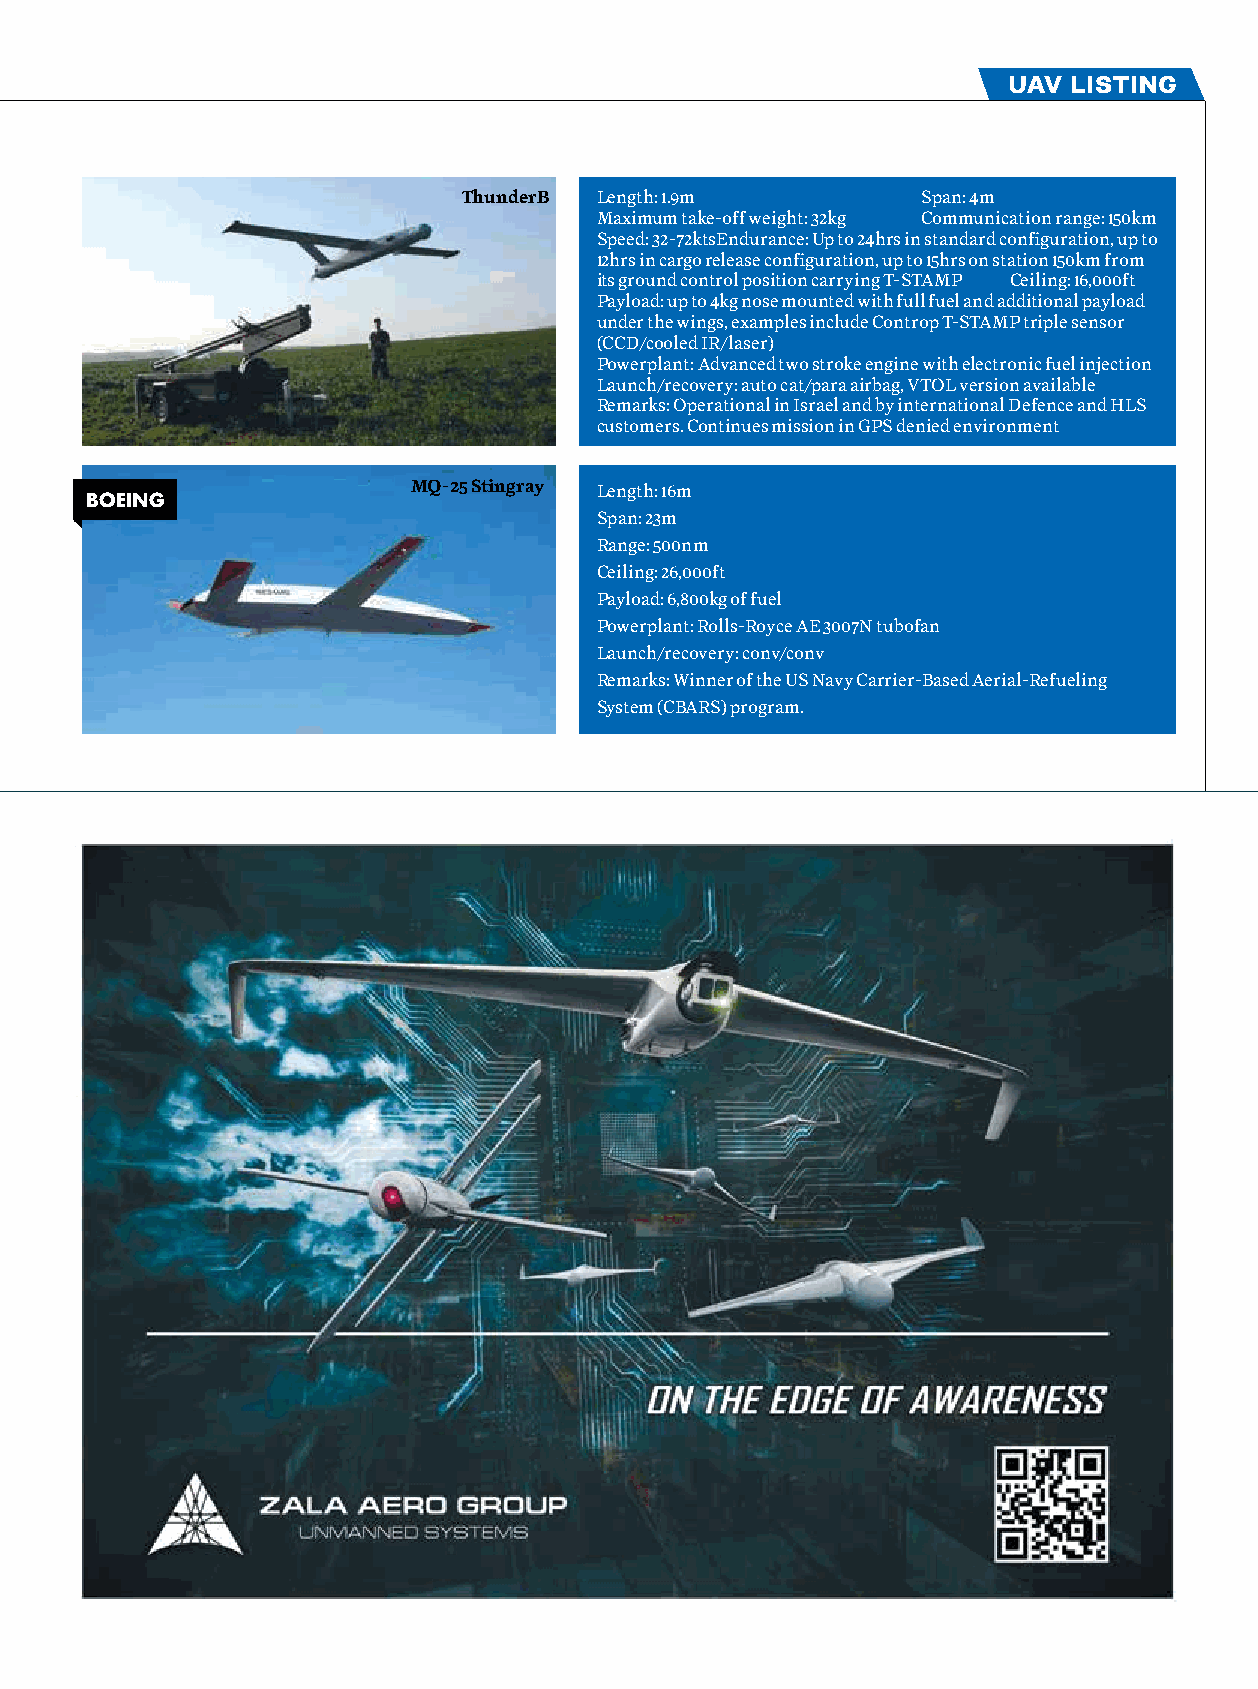
uav listing
 ThunderB Length: 1.9m         Span: 4m
 Maximum take-off weight: 32kg Communication range: 150km
 Speed: 32-72ktsEndurance: Up to 24hrs in standard configuration, up to
 12hrs in cargo release configuration, up to 15hrs on station 150km from
 its ground control position carrying T-STAMP Ceiling: 16,000ft
 Payload: up to 4kg nose mounted with full fuel and additional payload
 under the wings, examples include Controp T-STAMP triple sensor
 (CCD/cooled IR/laser)
 Powerplant: Advanced two stroke engine with electronic fuel injection
 Launch/recovery: auto cat/para airbag, VTOL version available
 Remarks: Operational in Israel and by international Defence and HLS
 customers. Continues mission in GPS denied environment
 MQ-25 Stingray Length: 16m
 boEING
 Span: 23m
 Range: 500nm
 Ceiling: 26,000ft
 Payload: 6,800kg of fuel
 Powerplant: Rolls-Royce AE 3007N tubofan
 Launch/recovery: conv/conv
 Remarks: Winner of the US Navy Carrier-Based Aerial-Refueling
 System (CBARS) program.